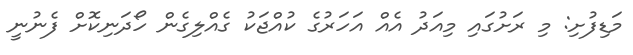
މަޑިފުށި: މި ރަށުގައި މިއަދު އެއް އަހަރުގެ ކުއްޖަކު ގެއްލިގެން ހޯދަނިކޮށް ފެނުނީ